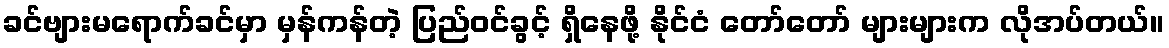
ခင်ဗျားမရောက်ခင်မှာ မှန်ကန်တဲ့ ပြည်ဝင်ခွင့် ရှိနေဖို့ နိုင်ငံ တော်တော် များများက လိုအပ်တယ်။